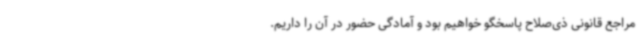
مراجع قانونی ذی‌صلاح پاسخگو خواهیم بود و آمادگی حضور در آن را داریم.